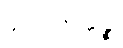
ပူတိမုတ္တဉ္စ